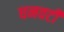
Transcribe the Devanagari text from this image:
घनवटी